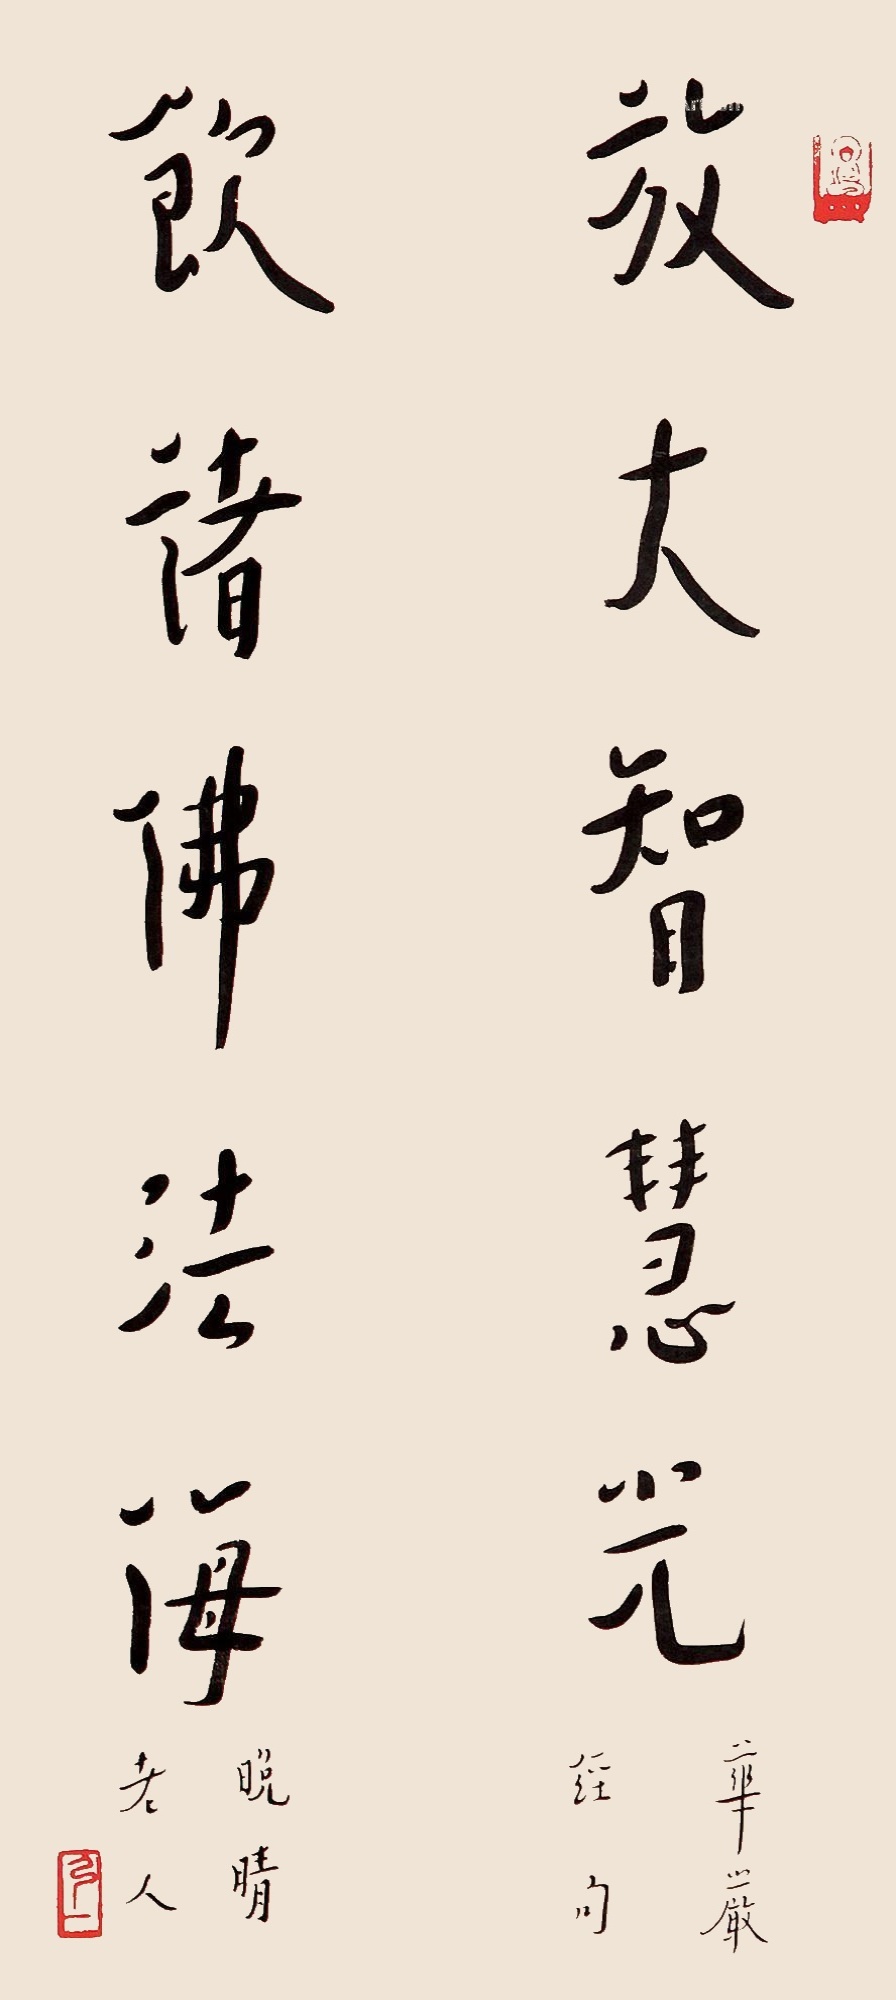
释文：放大智慧光，饮诸佛法海。华严经句，晚晴老人